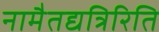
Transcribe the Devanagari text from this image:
नामैतद्यत्रिरिति